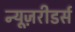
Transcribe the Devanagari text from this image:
न्यूज़रीडर्स